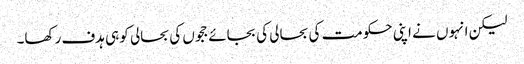
لیکن انہوں نے اپنی حکومت کی بحالی کی بجائے ججوں کی بحالی کو ہی ہدف رکھا۔